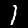
Digit: 1